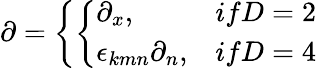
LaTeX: \partial=\left\{ \left\{ \begin{array}{ll}{{\partial_{x},}}&{{ifD=2}}\\ {{\epsilon_{kmn}\partial_{n},}}&{{ifD=4}}\end{array}\right.\right.